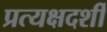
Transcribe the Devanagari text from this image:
प्रत्यक्षदर्शीं